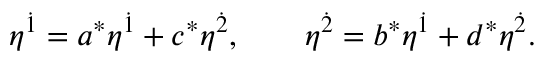
\eta ^ { \dot { 1 } } = a ^ { \ast } \eta ^ { \dot { 1 } } + c ^ { \ast } \eta ^ { \dot { 2 } } , \qquad \eta ^ { \dot { 2 } } = b ^ { \ast } \eta ^ { \dot { 1 } } + d ^ { \ast } \eta ^ { \dot { 2 } } .